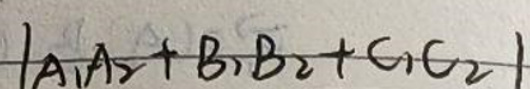
$|A_{1}A_{2}+B_{1}B_{2}+C_{1}C_{2}|$